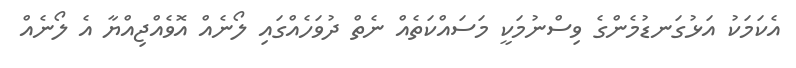
އެކަމަކު އަޅުގަނޑުމެންގެ ވިސްނުމަކީ މަސައްކަތެއް ނެތް ދުވަހެއްގައި ލޯނެއް އޮވެއްޖިއްޔާ އެ ލޯނެއް